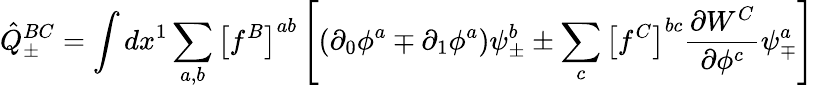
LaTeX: {\hat{Q}}_{\pm}^{BC}=\int dx^{1}\sum_{a,b}\left[f^{B}\right]^{ab}\left[(\partial_{0}\phi^{a}\mp\partial_{1}\phi^{a})\psi_{\pm}^{b}\pm\sum_{c}\left[f^{C}\right]^{bc}\frac{\partial W^{C}}{\partial\phi^{c}}\psi_{\mp}^{a}\right]